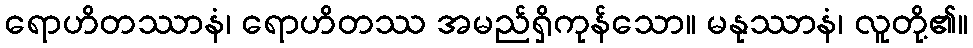
ရောဟိတဿာနံ၊ ရောဟိတဿ အမည်ရှိကုန်သော။ မနုဿာနံ၊ လူတို့၏။